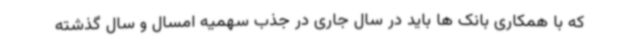
که با همکاری بانک ها باید در سال جاری در جذب سهمیه امسال و سال گذشته